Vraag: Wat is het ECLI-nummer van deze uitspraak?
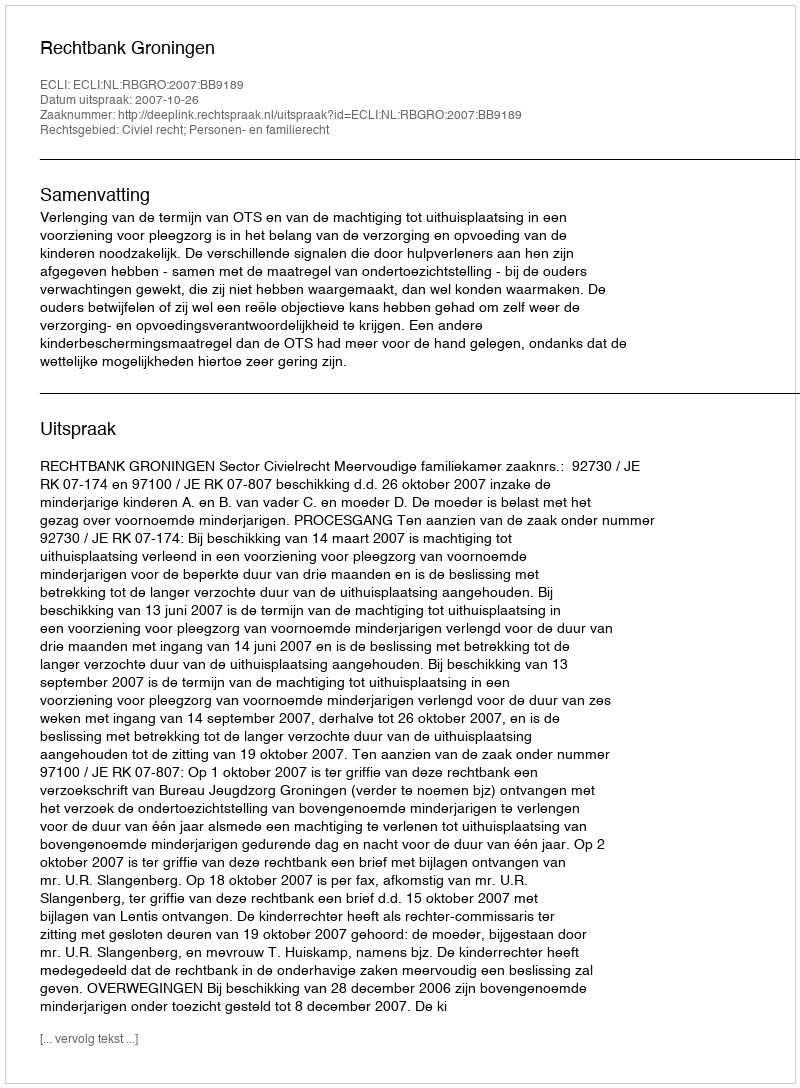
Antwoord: ECLI:NL:RBGRO:2007:BB9189